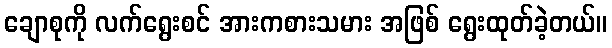
ချောစုကို လက်ရွေးစင် အားကစားသမား အဖြစ် ရွေးထုတ်ခဲ့တယ်။